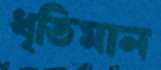
ধৃতিমান